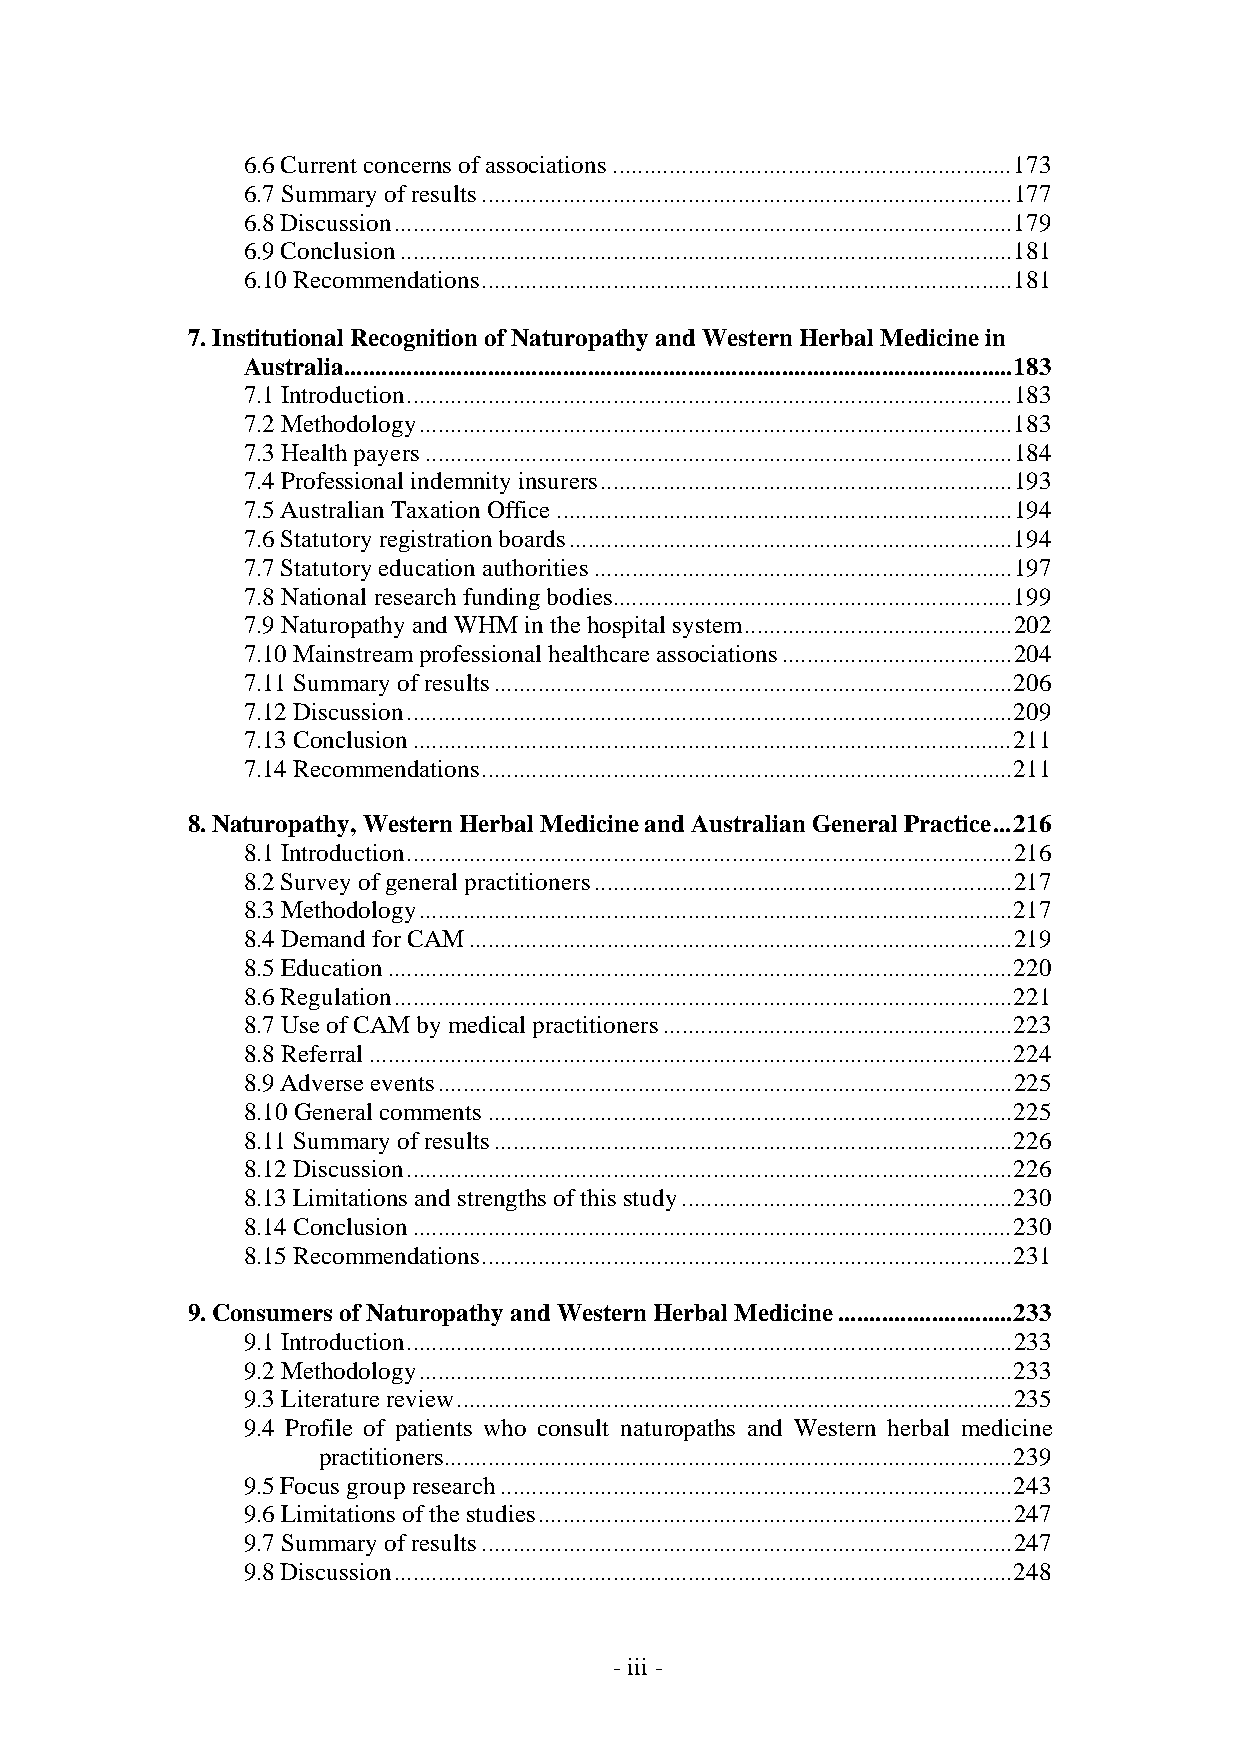
6.6 Current concerns of associations................................................................173
 6.7 Summary of results.....................................................................................177
 6.8 Discussion...................................................................................................179
 6.9 Conclusion..................................................................................................181
 6.10 Recommendations.....................................................................................181
 7. Institutional Recognition of Naturopathy and Western Herbal Medicine in
 Australia...........................................................................................................183
 7.1 Introduction.................................................................................................183
 7.2 Methodology...............................................................................................183
 7.3 Health payers..............................................................................................184
 7.4 Professional indemnity insurers..................................................................193
 7.5 Australian Taxation Office.........................................................................194
 7.6 Statutory registration boards.......................................................................194
 7.7 Statutory education authorities...................................................................197
 7.8 National research funding bodies................................................................199
 7.9 Naturopathy and WHM in the hospital system...........................................202
 7.10 Mainstream professional healthcare associations.....................................204
 7.11 Summary of results...................................................................................206
 7.12 Discussion.................................................................................................209
 7.13 Conclusion................................................................................................211
 7.14 Recommendations.....................................................................................211
 8. Naturopathy, Western Herbal Medicine and Australian General Practice...216
 8.1 Introduction.................................................................................................216
 8.2 Survey of general practitioners...................................................................217
 8.3 Methodology...............................................................................................217
 8.4 Demand for CAM.......................................................................................219
 8.5 Education....................................................................................................220
 8.6 Regulation...................................................................................................221
 8.7 Use of CAM by medical practitioners........................................................223
 8.8 Referral.......................................................................................................224
 8.9 Adverse events............................................................................................225
 8.10 General comments....................................................................................225
 8.11 Summary of results...................................................................................226
 8.12 Discussion.................................................................................................226
 8.13 Limitations and strengths of this study.....................................................230
 8.14 Conclusion................................................................................................230
 8.15 Recommendations.....................................................................................231
 9. Consumers of Naturopathy and Western Herbal Medicine............................233
 9.1 Introduction.................................................................................................233
 9.2 Methodology...............................................................................................233
 9.3 Literature review.........................................................................................235
 9.4 Profile of patients who consult naturopaths and Western herbal medicine
 practitioners...........................................................................................239
 9.5 Focus group research..................................................................................243
 9.6 Limitations of the studies............................................................................247
 9.7 Summary of results.....................................................................................247
 9.8 Discussion...................................................................................................248
 - iii -